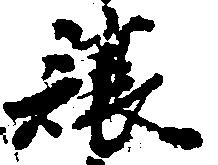
譲